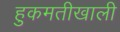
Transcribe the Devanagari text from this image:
हुकमतीखाली